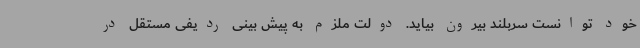
خود توانست سربلند بیرون بیاید. دولت ملزم به پیش بینی ردیفی مستقل در